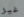
غير